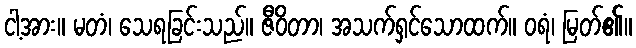
ငါ့အား။ မတံ၊ သေရခြင်းသည်။ ဇီဝိတာ၊ အသက်ရှင်သောထက်။ ဝရံ၊ မြတ်၏။